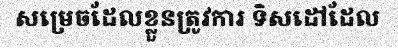
សម្រេចដែលខ្លួនត្រូវការ ទិសដៅដែល